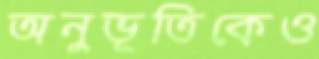
অনুভূতিকেও